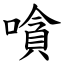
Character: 嗿